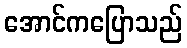
အောင်ကပြောသည်